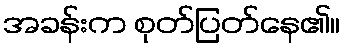
အခန်းက စုတ်ပြတ်နေ၏။